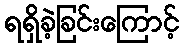
ရရှိခဲ့ခြင်းကြောင့်